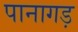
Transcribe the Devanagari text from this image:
पानागड़